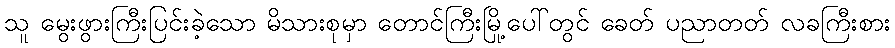
သူ မွေးဖွားကြီးပြင်းခဲ့သော မိသားစုမှာ တောင်ကြီးမြို့ပေါ်တွင် ခေတ် ပညာတတ် လခကြီးစား